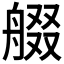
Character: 𱼻